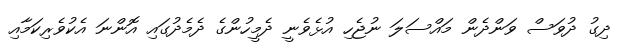
ދިގު ދުވަސް ވަންދެން މައްސަލަ ނުޖެހި އުޅެވެނީ ދެމީހުންގެ ދެމެދުގައި އޮންނަ އެކުވެރިކަމާއި